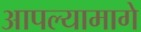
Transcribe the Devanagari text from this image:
आपल्यामागे